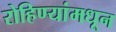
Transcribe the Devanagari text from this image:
रोहिण्यांमधून